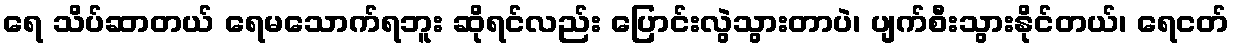
ရေ သိပ်ဆာတယ် ရေမသောက်ရဘူး ဆိုရင်လည်း ပြောင်းလွဲသွားတာပဲ၊ ပျက်စီးသွားနိုင်တယ်၊ ရေငတ်